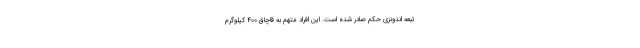
تبعه اندونزی حکم صادر شده است. این افراد متهم به قاچاق ۴۰۰ کیلوگرم